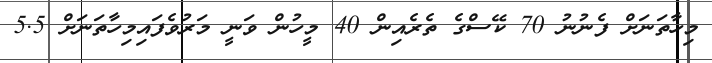
މިހާތަނަށް ފެނުނު 70 ކޭސްގެ ތެރެއިން 40 މީހުން ވަނީ މަރުވެފައިމިހާތަނަށް 5.5